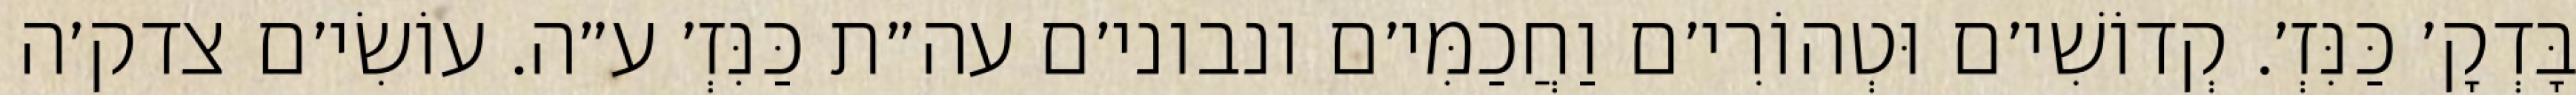
בָּדְקָ׳ כַּנִּזְ׳. קְדוֹשִׁי׳ם וּטְהוֹרִי׳ם וַחֲכַמִּי׳ם ונבוני׳ם עה״ת כַּנִּזְ׳ ע״ה. עוֹשִׂי׳ם צדק׳ה